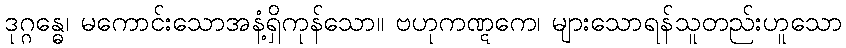
ဒုဂ္ဂန္ဓေ၊ မကောင်းသောအနံ့ရှိကုန်သော။ ဗဟုကဏ္ဋကေ၊ များသောရန်သူတည်းဟူသော